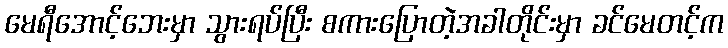
မေရီအောင့်ဘေးမှာ သွားရပ်ပြီး စကားပြောတဲ့အခါတိုင်းမှာ ခင်မေတင့်က